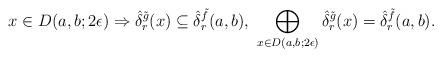
LaTeX: \begin{align*} x\in D(a,b;2\epsilon) \Rightarrow \hat \delta^{\tilde g}_r(x)\subseteq {\hat \delta} ^{\tilde f}_r(a,b), \ \bigoplus _{x\in D(a,b;2\epsilon)} \hat \delta^{\tilde g}_r(x)= \hat \delta^{\tilde f}_r(a,b). \end{align*}